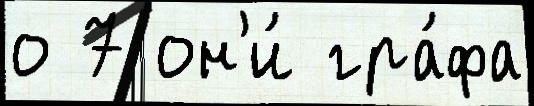
о 7 он'и́ гра́фа